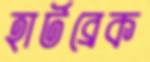
হার্টব্রেক